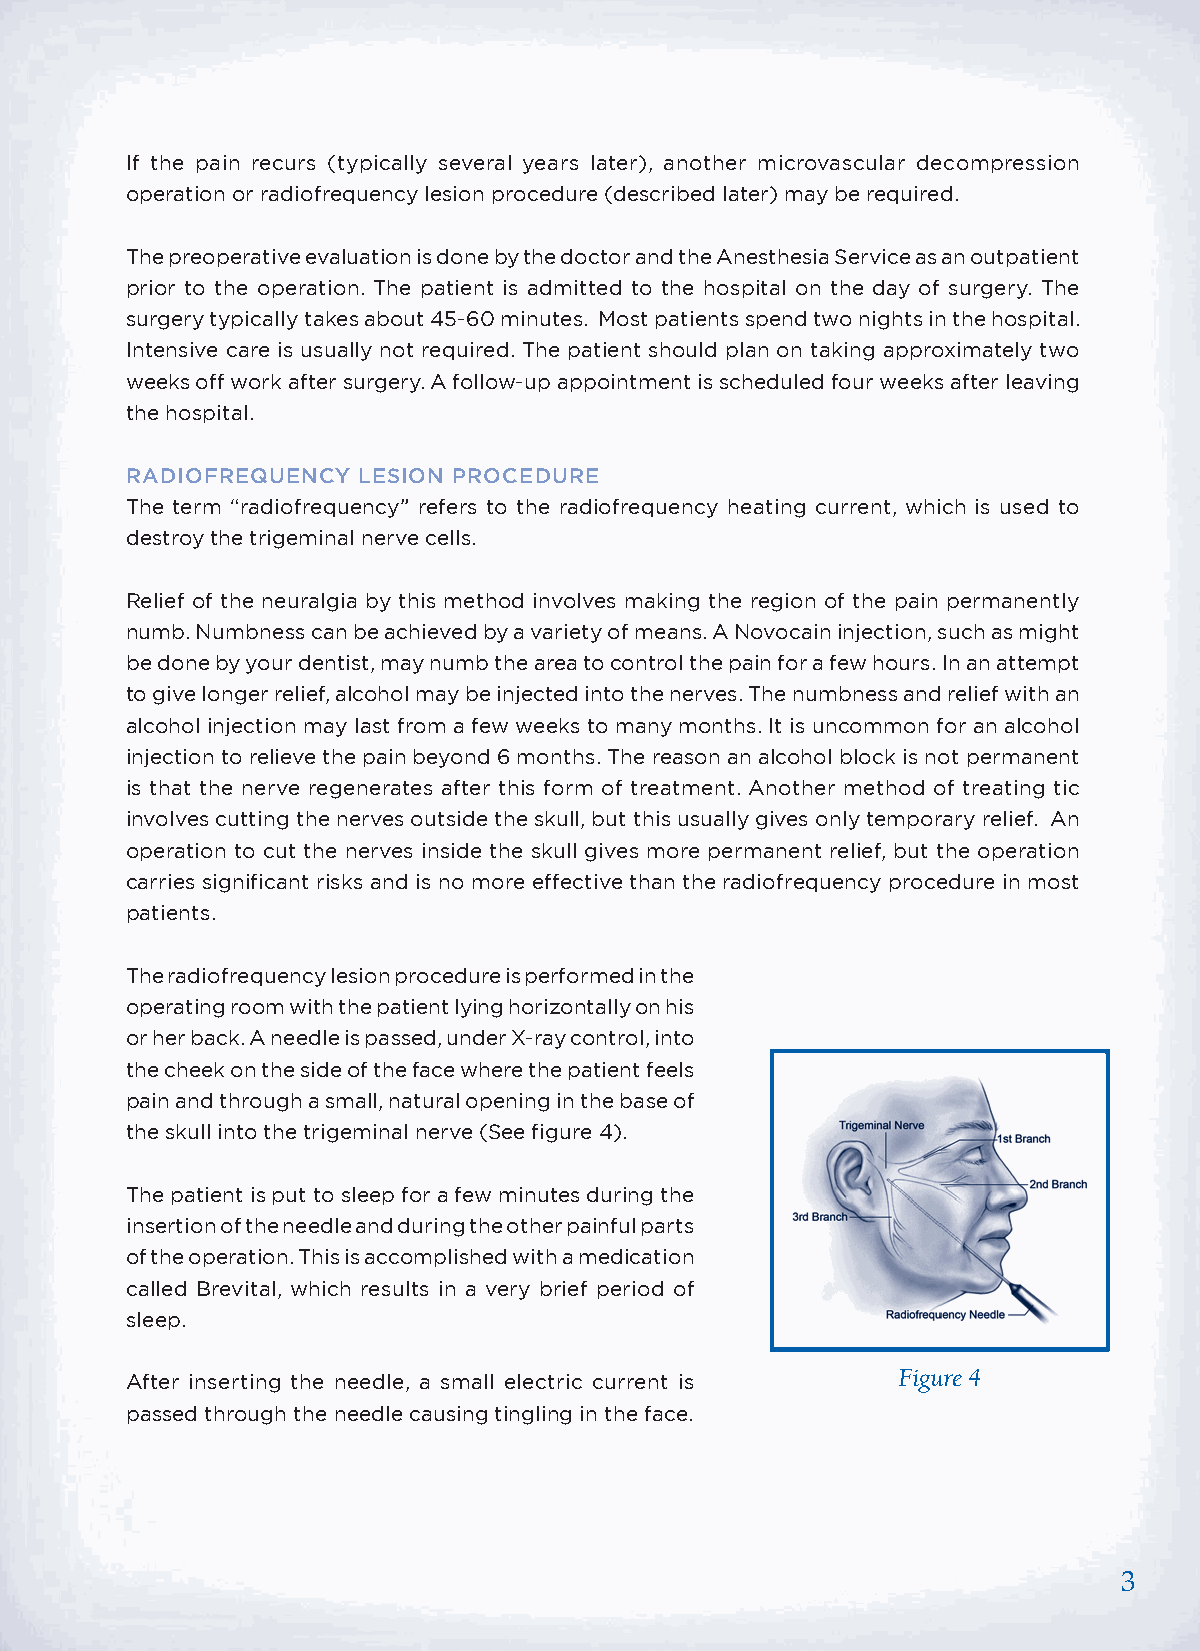
If the pain recurs (typically several years later), another microvascular decompression
 operation or radiofrequency lesion procedure (described later) may be required.
 The preoperative evaluation is done by the doctor and the Anesthesia Service as an outpatient
 prior to the operation. The patient is admitted to the hospital on the day of surgery. The
 surgery typically takes about 45-60 minutes. Most patients spend two nights in the hospital.
 Intensive care is usually not required. The patient should plan on taking approximately two
 weeks off work after surgery. A follow-up appointment is scheduled four weeks after leaving
 the hospital.
 RADIOFREQUENCY  LESION PROCEDURE
 The term “radiofrequency” refers to the radiofrequency heating current, which is used to
 destroy the trigeminal nerve cells.
 Relief of the neuralgia by this method involves making the region of the pain permanently
 numb. Numbness can be achieved by a variety of means. A Novocain injection, such as might
 be done by your dentist, may numb the area to control the pain for a few hours. In an attempt
 to give longer relief, alcohol may be injected into the nerves. The numbness and relief with an
 alcohol injection may last from a few weeks to many months. It is uncommon for an alcohol
 injection to relieve the pain beyond 6 months. The reason an alcohol block is not permanent
 is that the nerve regenerates after this form of treatment. Another method of treating tic
 involves cutting the nerves outside the skull, but this usually gives only temporary relief. An
 operation to cut the nerves inside the skull gives more permanent relief, but the operation
 carries significant risks and is no more effective than the radiofrequency procedure in most
 patients.
 The radiofrequency lesion procedure is performed in the
 operating room with the patient lying horizontally on his
 or her back. A needle is passed, under X-ray control, into
 the cheek on the side of the face where the patient feels
 pain and through a small, natural opening in the base of
 the skull into the trigeminal nerve (See figure 4).
 The patient is put to sleep for a few minutes during the
 insertion of the needle and during the other painful parts
 of the operation. This is accomplished with a medication
 called Brevital, which results in a very brief period of
 sleep.
 After inserting the needle, a small electric current is Figure 4
 passed through the needle causing tingling in the face.
 3